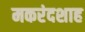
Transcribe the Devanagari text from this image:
मकरंदशाह